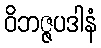
ဝိဘဇ္ဇပဒါနံ